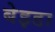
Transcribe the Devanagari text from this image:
बेइडा